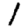
Digit: 1